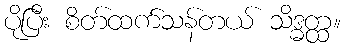
ပိုပြီး စိတ်ထက်သန်တယ် သိဒ္ဓတ္ထ။